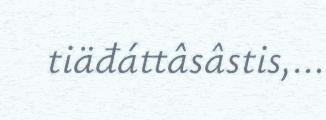
tiäđáttâsâstis,...